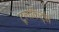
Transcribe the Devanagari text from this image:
टूलकिट्स